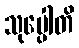
သုပ္ပေါတိ